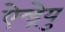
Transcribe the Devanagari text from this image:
ऐन्ड्रेयु